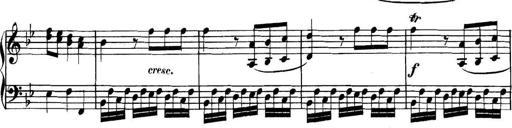
Title: Collected Piano Sonatas
Composer: Muzio Clementi